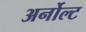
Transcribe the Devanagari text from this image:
अर्नोल्ट